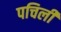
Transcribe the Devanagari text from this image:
पचिली